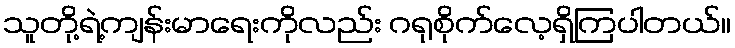
သူတို့ရဲ့ကျန်းမာရေးကိုလည်း ဂရုစိုက်လေ့ရှိကြပါတယ်။